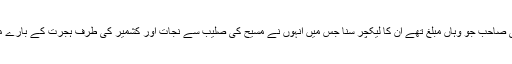
پھر ایک روز بنگالی صاحب، مکرم عبدالرحمن بنگالی صاحب جو وہاں مبلغ تھے ان کا لیکچر سنا جس میں انہوں نے مسیح کی صلیب سے نجات اور کشمیر کی طرف ہجرت کے بارے میں حضرت مسیح موعود علیہ السلام کا عقیدہ بیان کیا۔